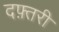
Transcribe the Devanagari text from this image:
दफ़्तरी